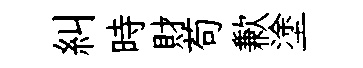
糾時財苟歉塗